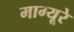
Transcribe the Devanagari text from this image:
माग्यूरे